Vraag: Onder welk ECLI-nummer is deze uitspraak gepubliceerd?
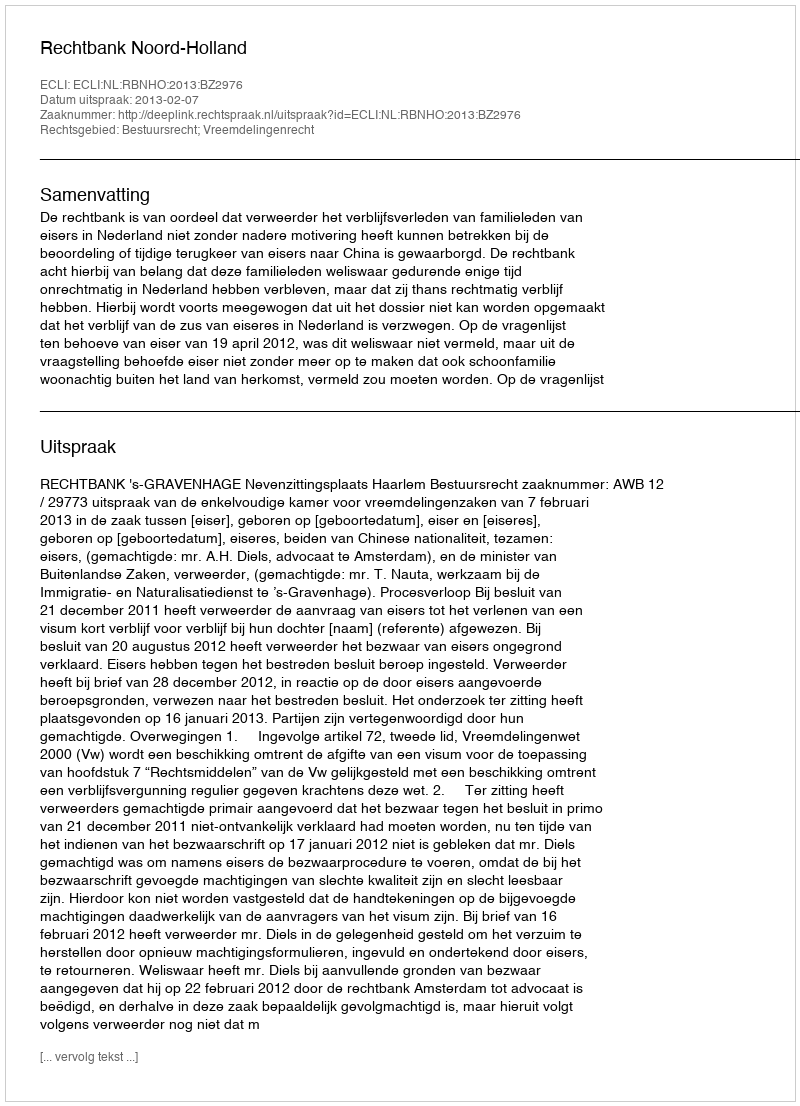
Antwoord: ECLI:NL:RBNHO:2013:BZ2976